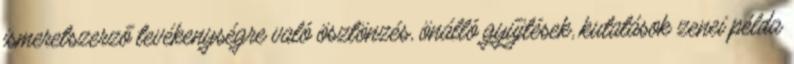
ismeretszerző tevékenységre való ösztönzés, önálló gyűjtések, kutatások zenei példa